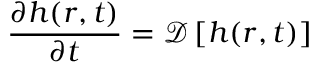
\frac { \partial h ( r , t ) } { \partial t } = \mathcal { D } \left[ h ( r , t ) \right]